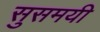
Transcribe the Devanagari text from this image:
सुसमयी